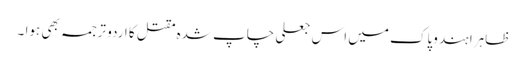
ظاہرا ہند وپاک میں اس جعلی چاپ شدہ مقتل کا اردو ترجمہ بھی ہوا ۔